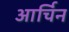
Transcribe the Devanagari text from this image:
आर्चिन